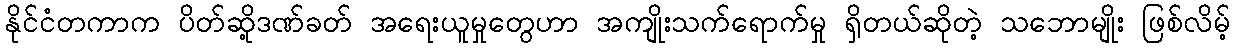
နိုင်ငံတကာက ပိတ်ဆို့ဒဏ်ခတ် အရေးယူမှုတွေဟာ အကျိုးသက်ရောက်မှု ရှိတယ်ဆိုတဲ့ သဘောမျိုး ဖြစ်လိမ့်